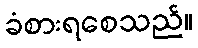
ခံစားရစေသည်။